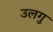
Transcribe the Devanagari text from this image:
उलगु